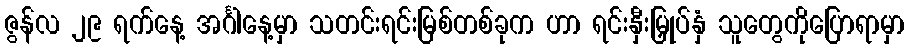
ဇွန်လ ၂၉ ရက်နေ့ အင်္ဂါနေ့မှာ သတင်းရင်းမြစ်တစ်ခုက ဟာ ရင်းနှီးမြှုပ်နှံ သူတွေကိုပြောရာမှာ